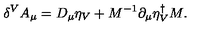
\delta ^ { V } A _ { \mu } = D _ { \mu } \eta _ { V } + M ^ { - 1 } \partial _ { \mu } \eta _ { V } ^ { \dagger } M .